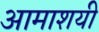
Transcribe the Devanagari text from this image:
आमाशयी